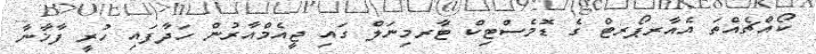
ކޯއްޗެއްތަ އެއާރޕޯރޓް ގެ ޑޮމެސްޓިކް ޓާރމިނަލް ގައި ޖީއެމްއާރުން ހަދާފައި ހުރީ ފާޚާނާ